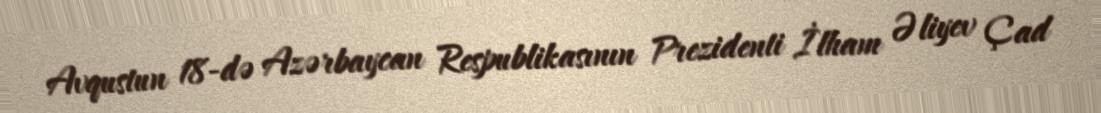
Avqustun 18-də Azərbaycan Respublikasının Prezidenti İlham Əliyev Çad